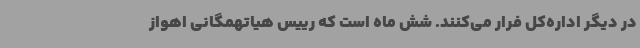
در دیگر اداره‌کل فرار می‌کنند. شش ماه است که رییس هیاتهمگانی اهواز